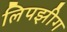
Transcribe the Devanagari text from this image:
लिपझीग